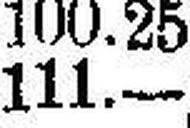
111.—